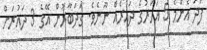
ފަދަ އެންމެ 5 އަހަރުގެ ދައުރެއް ނޫނެވެ. ގަދަބާރުން އޭގެ 3 ދައުރަށް